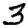
Digit: 3